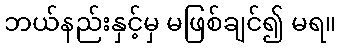
ဘယ်နည်းနှင့်မှ မဖြစ်ချင်၍ မရ။